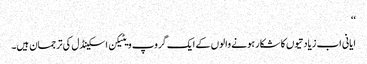
‘‘
ایانی اب زیادتیوں کا شکار ہونے والوں کے ایک گروپ ویٹیکن اسکینڈل کی ترجمان ہیں۔